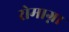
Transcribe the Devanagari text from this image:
रोमाग्ना